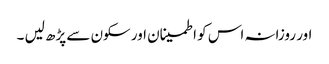
اور روزانہ اس کو اطمینان اور سکون سے پڑھ لیں ۔